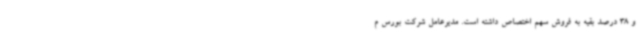
و 38 درصد بقیه به فروش سهم اختصاص داشته است. مدیرعامل شرکت بورس م